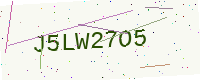
Text: J5LW27O5